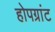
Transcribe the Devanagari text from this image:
होपग्रांट